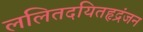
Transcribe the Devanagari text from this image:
ललितदयितहृद्रंजन